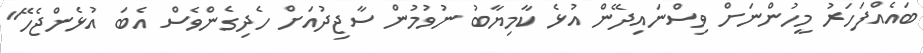
ބައެއްފަހަރު މީހުންނަށް ވިސްނައިދޭން އުޅެ ކާމިޔާބު ނުވުމުން ސާޖިދުއަށް ހެދިގެންވެސް އެބަ އުޅެންޖެހޭ"